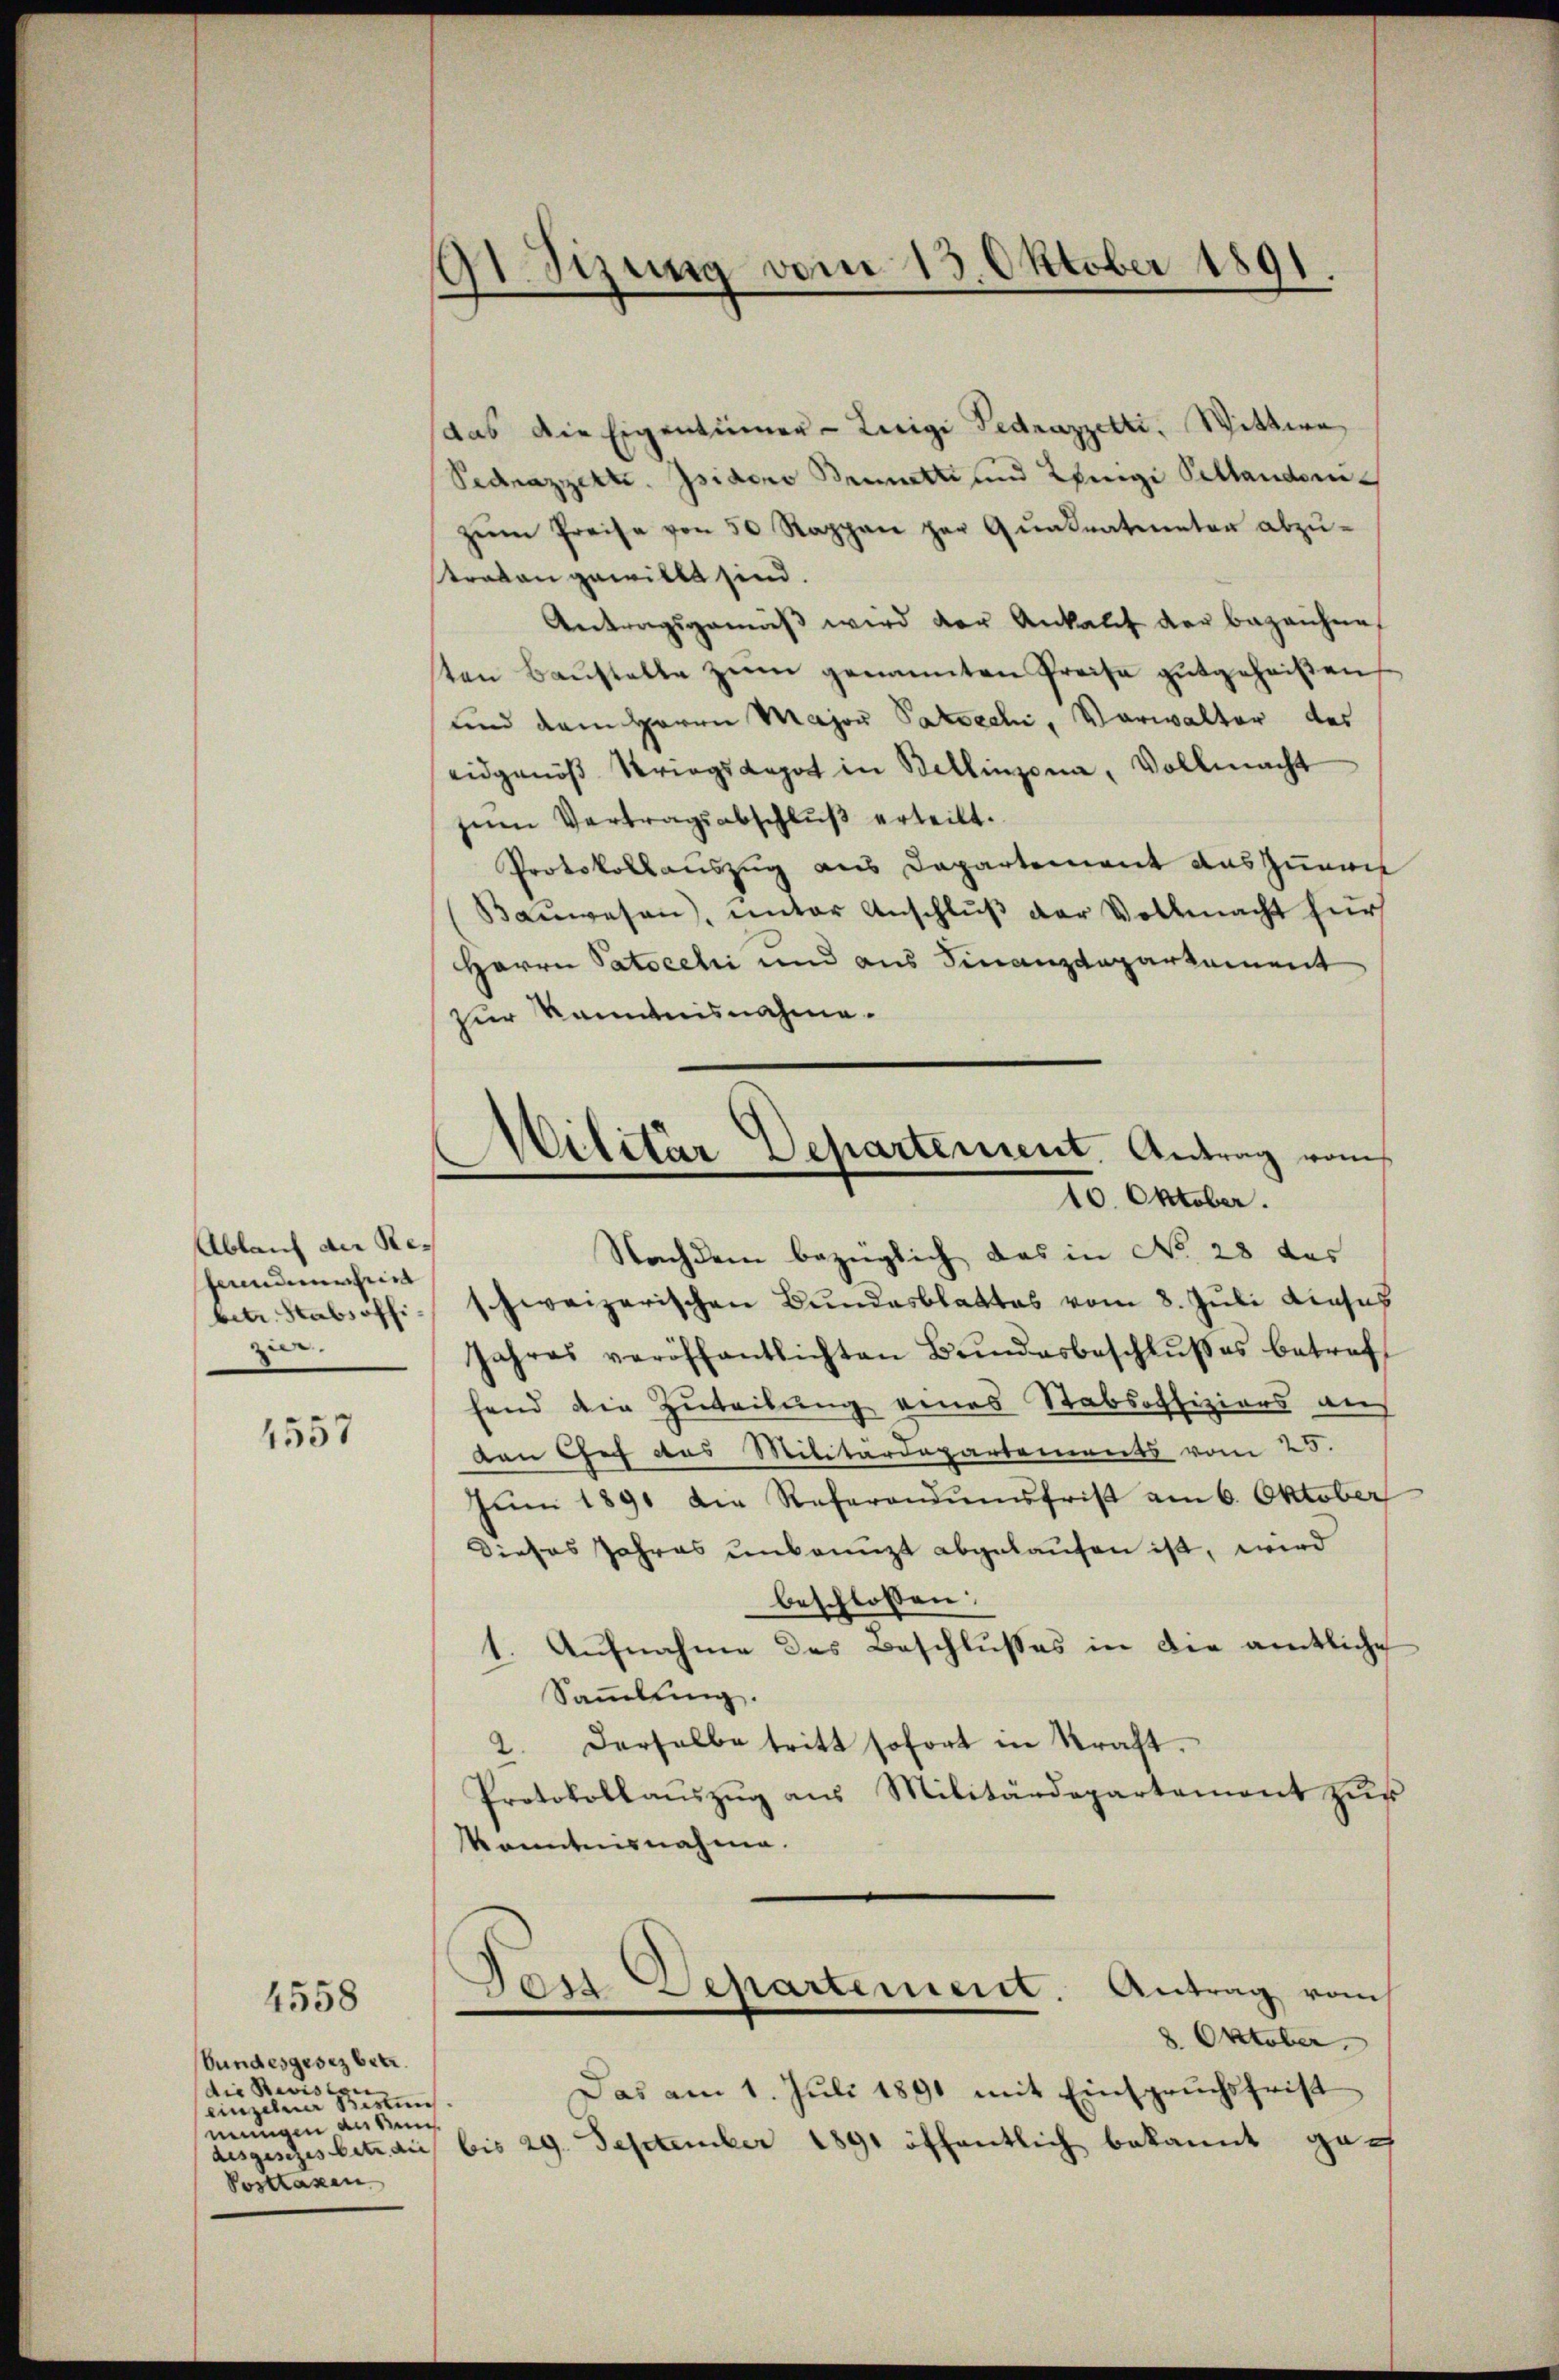
Ablauf der Resterndenheir
betr. Stabsoffi
zier

1557

4558

bundesgesez betr.
die Revision
einzelne Bestens.
mungen an seine
Posttaxen

91 Sizung vom 13. Oktober 1891.

das die Eigentümer-Lieigi Fedrazzetti, Wittwe
Sedrazzette. Isidono Bratti und Ringi Sellanderzŭm Preise von 50 Rappen per Quadratmeter abzu-
straten gewillt sind.
Antragsgemäβ wird der Ankauf der bezeichnet
ten Baustelle zum genannten Preise gutgeheißen
und dem Herrn Major Patrechi, Vorwalter des
eidgenöß Kriegskapot in Bellinzona, Vollmacht
zŭm Vertragsabschlŭβ erteilt.
Protokollauszug aus Departement auszumin
Baŭwesen), ŭnter Anschlŭβ der Vollmacht für
Herrn Patoceli und aus Finanzdepartament
zur Kenntnisnahme.
Nachdem bezüglich das in No 28 des
schweizerischen Bundesblattes vom 8. Juli dieses
Jahres veröffentlichten Bŭndesbeschlŭβes betreff
fend die Zuteilung eines Stabsoffiziers aus
den Chef des Militärdepartements vom 25.
Jŭm 1891 die Referandumsfrist am 6. Oktober
Dieses Jahres unbenuzt abgelaufen ist, wird
beschlossen:
1. Aufnahme des Beschlusses in die amtliche
Sammlung.
2. Derselbe tritt sofort in Kraft.
Protokollaŭszŭg aŭs Militärdepartement zŭr
Kenntnisnahme.
Post Departement. Antrag vom
2. Oktober
Das am 1. Juli 1891 mit Einspruchsfrist
desgesches betrari bis 29. September 1891 öffentlich bekannt geach

.
Militär Departement. Antrag vom
10. Oktober.